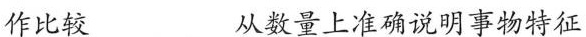
作比较 从数量上准确说明事物特征